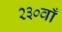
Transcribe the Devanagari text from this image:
२३०वाँ